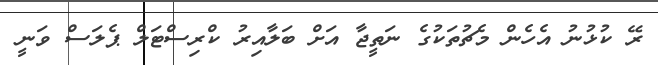
ރޭ ކުޅުނު އެހެން މެޗުތަކުގެ ނަތީޖާ އަށް ބަލާއިރު ކްރިސްޓަލް ޕެލަސް ވަނީ